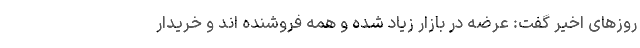
روزهای اخیر گفت: عرضه در بازار زیاد شده و همه فروشنده اند و خریدار